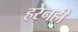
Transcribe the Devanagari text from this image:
हरेनहीं